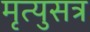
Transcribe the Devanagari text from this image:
मृत्युसत्र